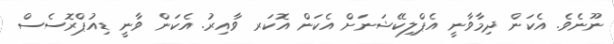
ނޫނެވެ. އެކަން ދިމާވާނީ އެޕްލިކޭޝަނަށް އެކަން އޮކަރ ވާއިރު. އެކަން ވާނީ ޑިއުޕްރޮސެސް